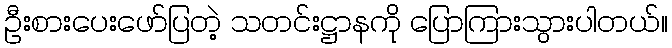
ဦးစားပေးဖော်ပြတဲ့ သတင်းဋ္ဌာနကို ပြောကြားသွားပါတယ်။